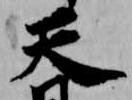
天